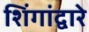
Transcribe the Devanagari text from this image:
शिंगांद्वारे